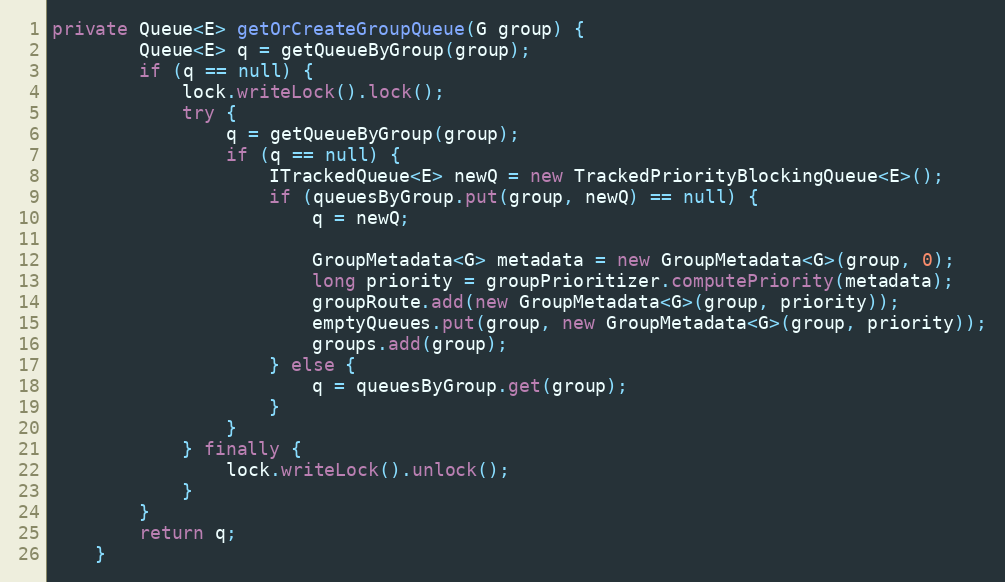
Language: Java
private Queue<E> getOrCreateGroupQueue(G group) {
        Queue<E> q = getQueueByGroup(group);
        if (q == null) {
            lock.writeLock().lock();
            try {
                q = getQueueByGroup(group);
                if (q == null) {
                    ITrackedQueue<E> newQ = new TrackedPriorityBlockingQueue<E>();
                    if (queuesByGroup.put(group, newQ) == null) {
                        q = newQ;

                        GroupMetadata<G> metadata = new GroupMetadata<G>(group, 0);
                        long priority = groupPrioritizer.computePriority(metadata);
                        groupRoute.add(new GroupMetadata<G>(group, priority));
                        emptyQueues.put(group, new GroupMetadata<G>(group, priority));
                        groups.add(group);
                    } else {
                        q = queuesByGroup.get(group);
                    }
                }
            } finally {
                lock.writeLock().unlock();
            }
        }
        return q;
    }